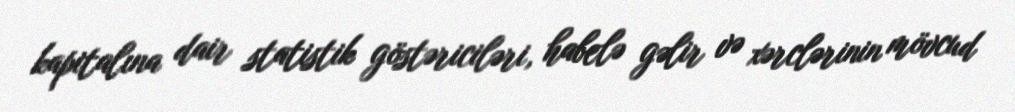
kapitalına dair statistik göstəriciləri, habelə gəlir və xərclərinin mövcud